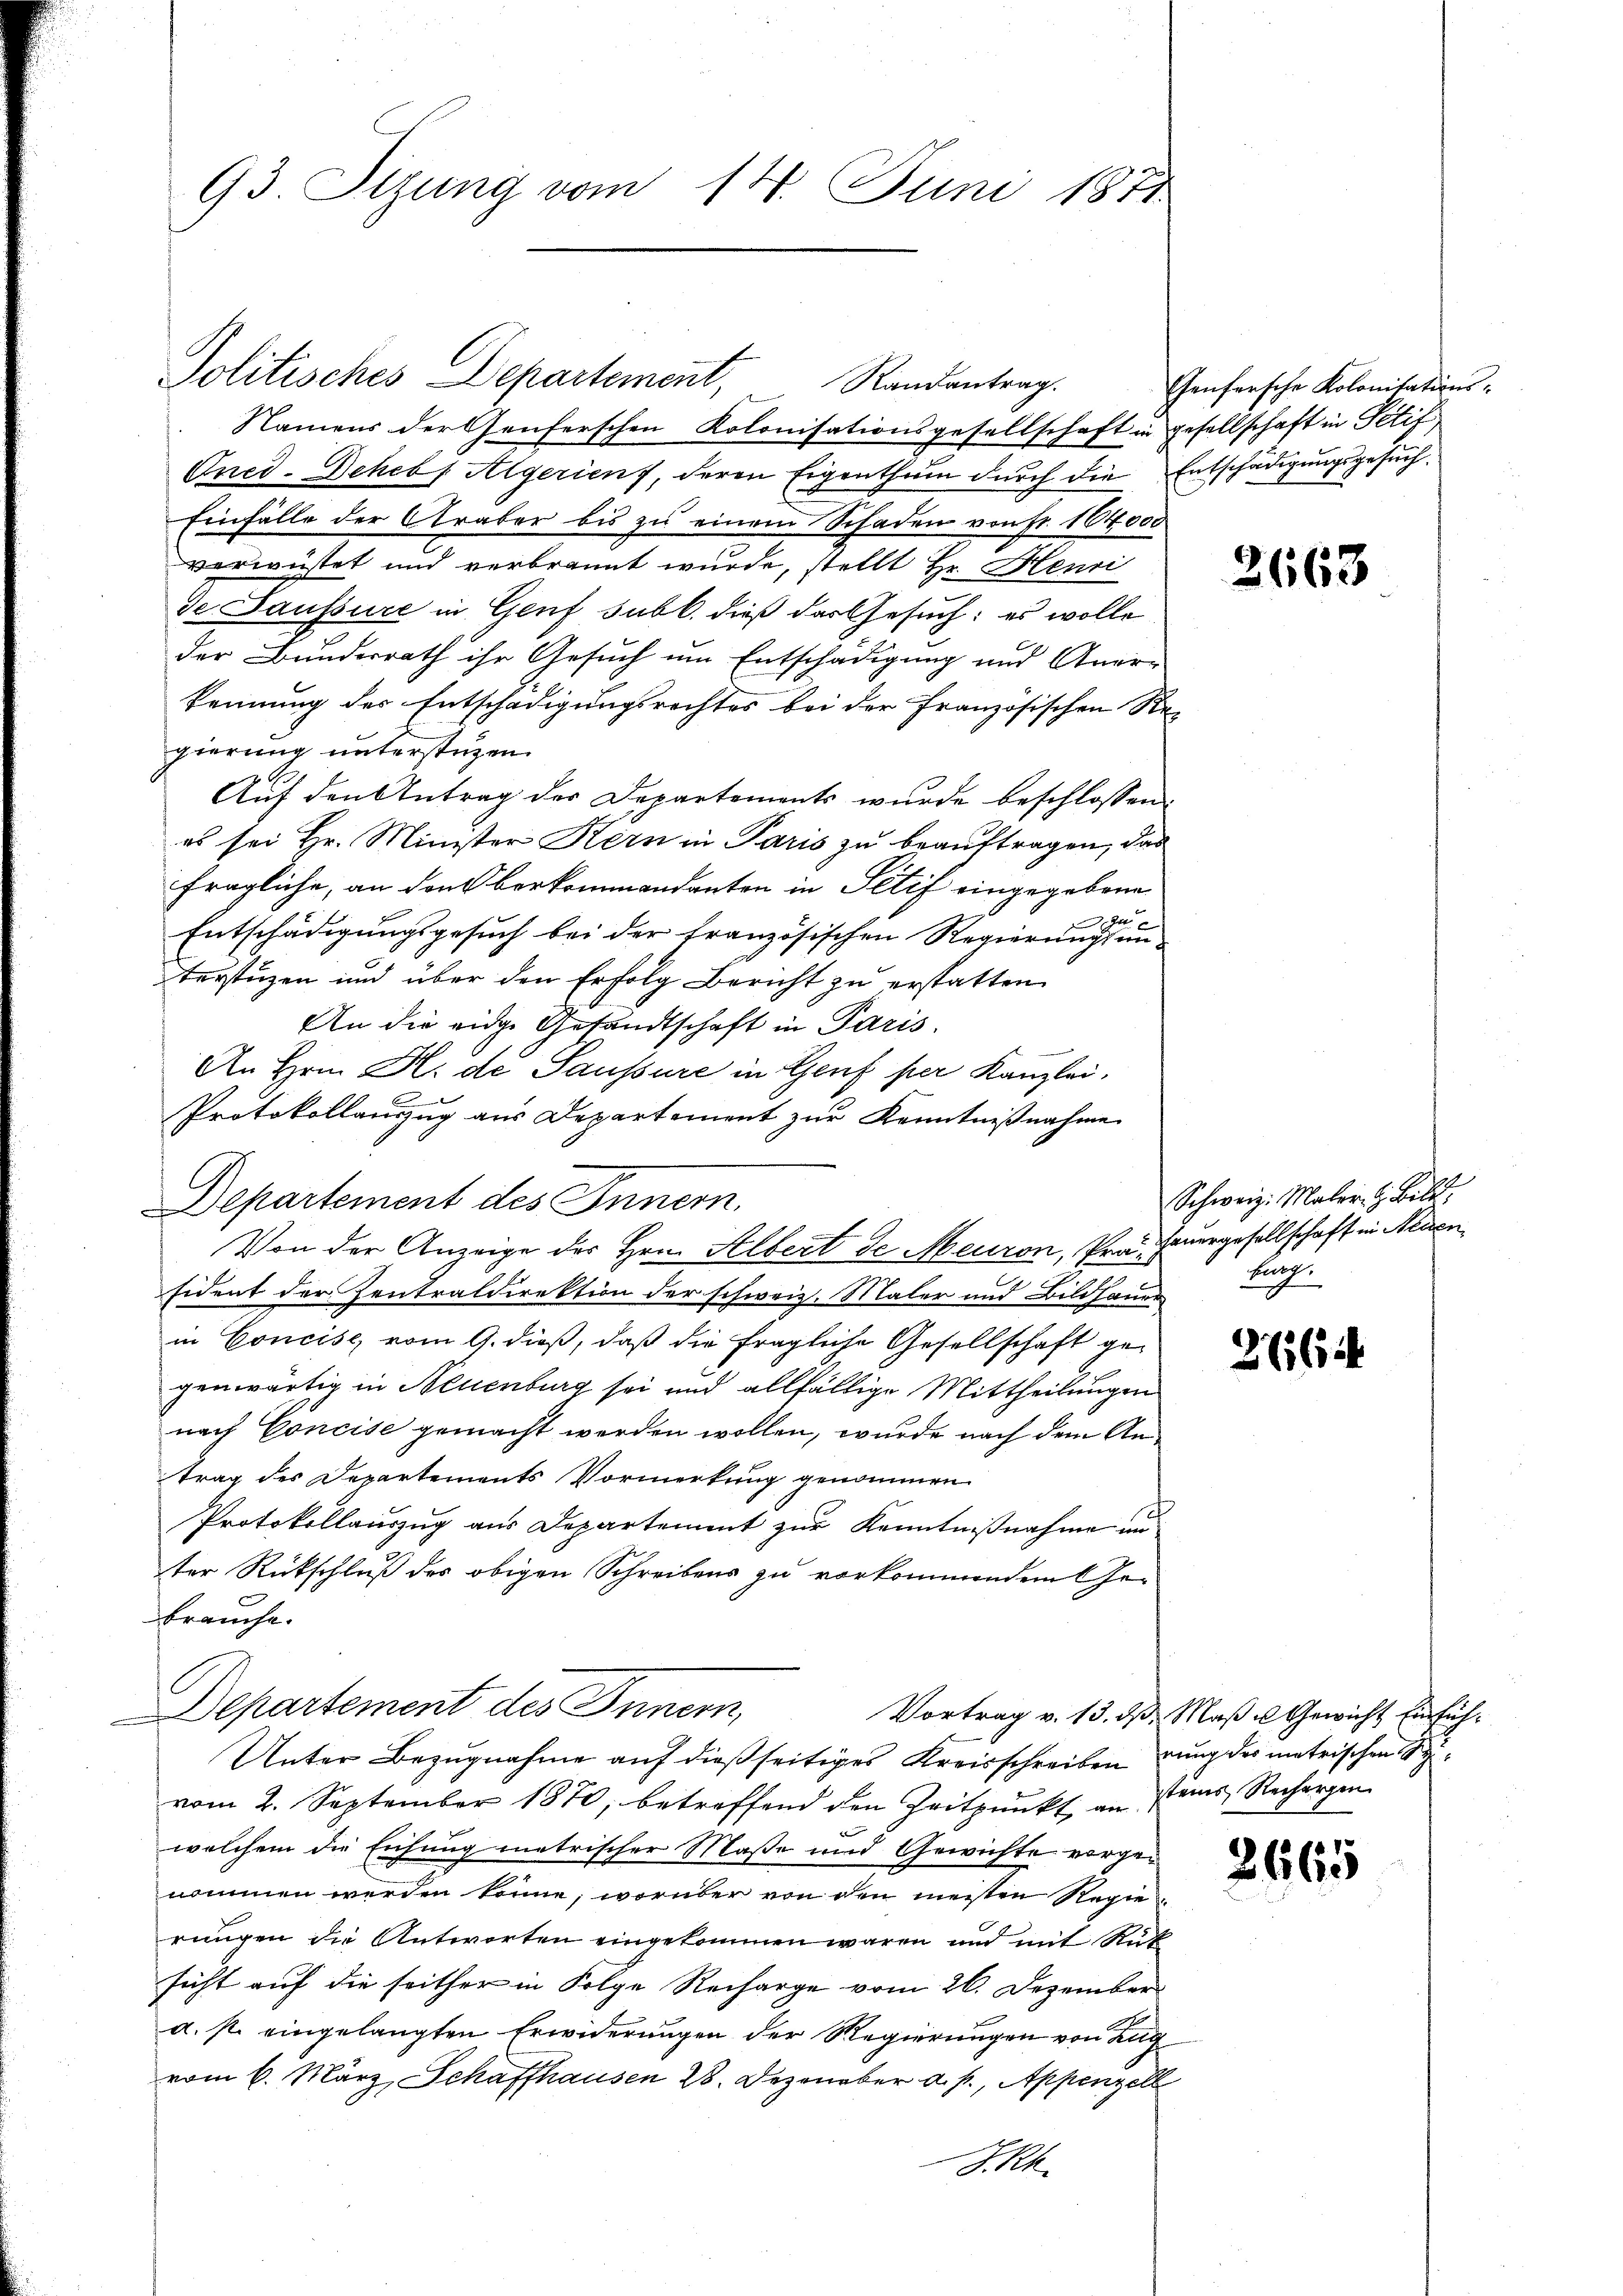
93. Ptzung vom 14. Juni 1871

Politisches Departement, Randantrag.
Namens der Genferschen Kolonisationsgesellschaft in gesellschaft in Petif
Oned-Schebf Algerient, deren Eigenthum durch die Entschädigungsgesuch
Einfälle der Araber bis zu einem Schaden von Fr. 104000
verwüstet und verbrannt wurde, stellt Hr. Henri
de Saussure in Genf subl. dieß das Gesuch: es wolle
der Bunderrath ihr Gesuch um Entschädigung und Aner-
kennung des Entschädigungsrechtes bei der Französischen Re-
gierung unterstüzen.
Auf den Antrag des Departements wurde beschlossen:
es sei Hr. Minister Kern in Paris zu beauftragen, das
fragliche, an den berkommandanten in Petif eingegebene
Entschädigungsgesuch bei der französischen Regierung eine
terstüzen und über den Erfolg Bericht zu erstatten.
An die eidge Gesandtschaft in Paris.
An Hrn. H. de Saussure in Genf per Kanzlei,
Protokollauszug aus Departement zur Kenntnißnahme
C
Departement des Innern.
Von der Anzeige der Hrn. Albert de Meuron, Pra Feuergesellschaft in Neuen
sident der Zentraldirektion der schweiz. Maler und Bildhauer Burg.
in Concise vom 9. dieß, daß die fragliche Gesellschaft gegenwärtig in Neuenburg sei und allfällige Mittheilungen
nach Concise gemacht werden wollen, wurde nach dem Antrag des Departements Vormerkung genommen
Protokollauszug aus Departement zur Kenntnißnahme un
ter Rückschluß des obigen Schreibens zu vorkommenden Gebrauche.
Departement des Innern,
Vortrag v. 13. d. Maß u Gewicht Einfüh¬
Unter Bezugnahme auf dießseitiges Kreisschreiben rung des matrischen eine
vom 2. September 1870, betreffend den Zeitpunkt an seines Rechargen
welchem die Eichung metrischer Maße und Gewichte vorgenommen werden könne, worüber von den meisten Regierungen die Antworten eingekommen wären und mit Ruf
sicht auf die seither in Folge Recharge vom 26. Dezember
d. s. eingelangten Erwiderungen der Regierungen von Zug
vom 6. März, Schaffhausen 28. Dezember a. p., Appenzell
SRk.

Genfersche Kolonisations-

Schweiz. Maler. H. Bild,

2663

2664

2665